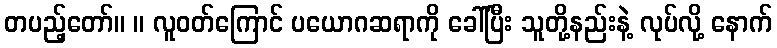
တပည့်တော်။ ။ လူဝတ်ကြောင် ပယောဂဆရာကို ခေါ်ပြီး သူတို့နည်းနဲ့ လုပ်လို့ နောက်